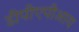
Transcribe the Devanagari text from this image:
डीपीएपीआय